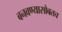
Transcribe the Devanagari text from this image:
बनवण्यासोबतच